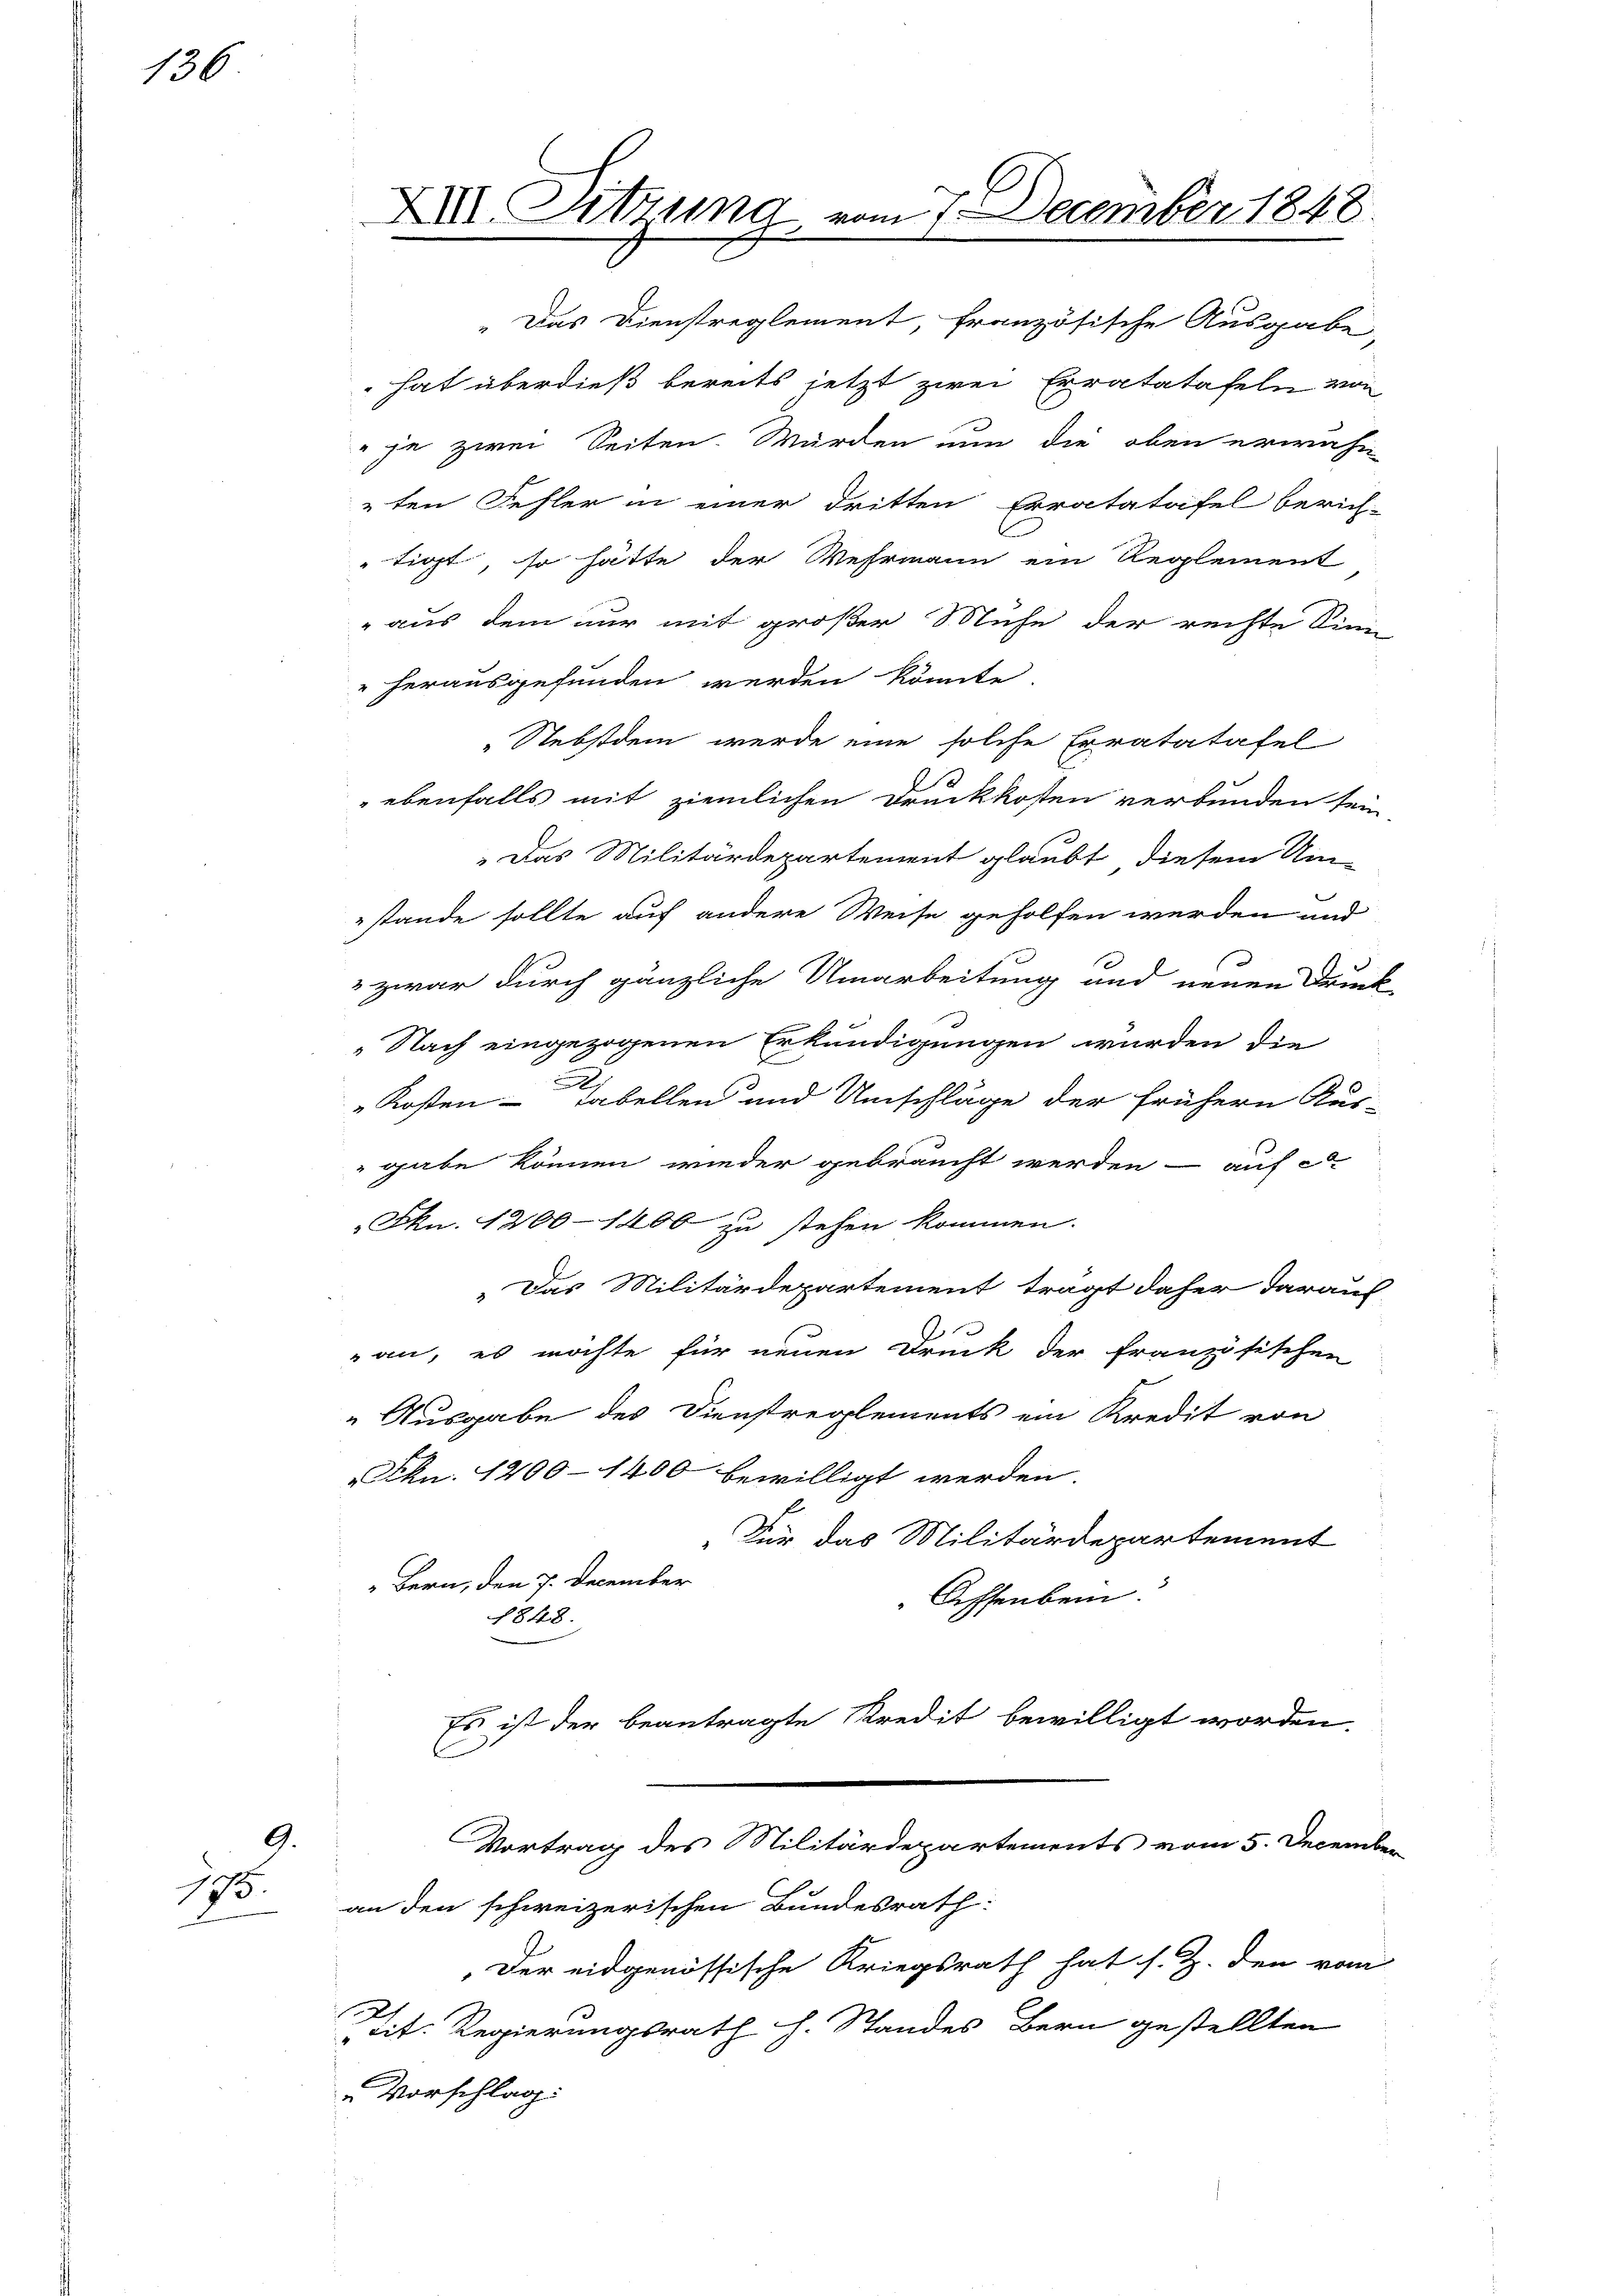
136

9.
175.

XXI. Sitzung vom 7. December 1848.

" Das Dienstreglement, französische Ausgabe,
 hat überdieß bereits jetzt zwei Erratatafeln von
 je zwei Seiten. Würden nun die oben erwähn
ten Fehler in einer dritten Erratatafel berich-
tigt, so hätte der Wehrmann ein Reglement
aus dem nur mit großer Mühe der rechte Sinn
" herausgefunden werden könnte
Nebstdem werde eine solche Erratatäfel
ebenfalls mit ziemlichen Druckkosten verbunden sein
Das Militärdepartement glaubt, diesem Um-
stande sollte auf andere Weise geholfen werden und
 zwar durch gänzliche Umarbeitung und neuen Druck
„Nach eingezogenen Erkundigungen wurden die
Kosten-Tabellen und Umschläge der frühern Aus-
gabe können wieder gebraucht werden - auf e
Fkn. 1200 - 1400 zu stehen kommen.
„Das Militärdepartement trägt daher darauf
2
an, es möchte für neuen Druck der französischen
" Ausgabe des Dienstreglements ein Kredit von
Fkn. 1200 - 1400 bewilligt werden
„Für das Militärdepartement
Bern, den 7. December
Aeffenbein
1848.
Es ist der beantragte Kredit bewilligt worden.
E

Der eidgenössische Kriegsrath hat s. Z. den vom
tit. Regierungsrath h. Standes Bern gestellten
Vorschlag:

Vortrag des Militärdepartements vom 5. December
an den schweizerischen Bundesrath: